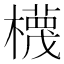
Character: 𣝱